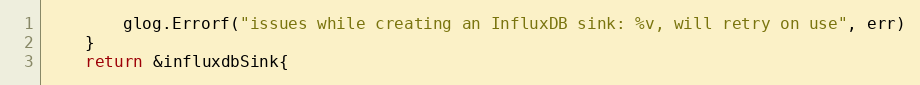
Language: Go
		glog.Errorf("issues while creating an InfluxDB sink: %v, will retry on use", err)
	}
	return &influxdbSink{